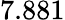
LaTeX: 7.881